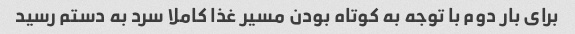
براى بار دوم با توجه به کوتاه بودن مسیر غذا کاملا سرد به دستم رسید